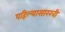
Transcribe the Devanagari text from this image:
पहिल्यासारखी